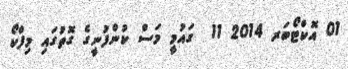
01 އޮކްޓޯބަރ 2014 11  ގައުމީ މަސް ކުންފުނީގެ ގޮތުގައި މިފްކޯ